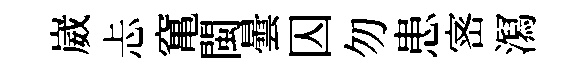
崴忐𥧄閩曇囚勿患宻㵼